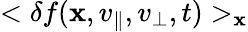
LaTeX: <\delta f({\mathbf x},v_{\parallel},v_{\perp},t)>_{\mathbf x}